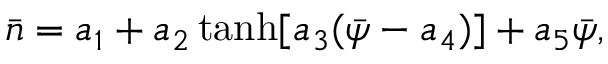
\bar { n } = a _ { 1 } + a _ { 2 } \operatorname { t a n h } [ a _ { 3 } ( \bar { \psi } - a _ { 4 } ) ] + a _ { 5 } \bar { \psi } ,